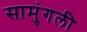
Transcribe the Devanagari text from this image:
सामुंगली